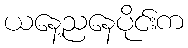
ယနေ့ညနေပိုင်းက